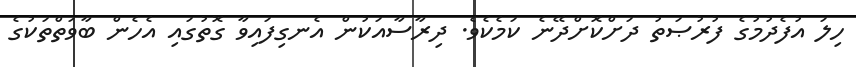
ހިލަ އުފެދުމުގެ ފުރުޞަތު ދަށްކޮށްދޭނެ ކަމެކެވެ. ދިރާސާއަކުން އެނގިފައިވާ ގޮތުގައި އެހެން ބާވަތްތަކުގެ